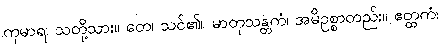
ကုမာရ၊ သတို့သား။ တေ၊ သင်၏။ မာတုသန္တကံ၊ အမိဥစ္စာတည်း။ ဧတ္ထကံ၊